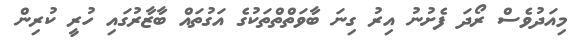
މިއަދުވެސް ރޯދަ ފެށުނު އިރު ގިނަ ބާވަތްތްތަކުގެ އަގުތައް ބާޒާރުގައި ހުރީ ކުރިން